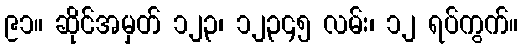
၉၁။ ဆိုင်အမှတ် ၁၂၃၊ ၁၂၃၄၅ လမ်း၊ ၁၂ ရပ်ကွက်။